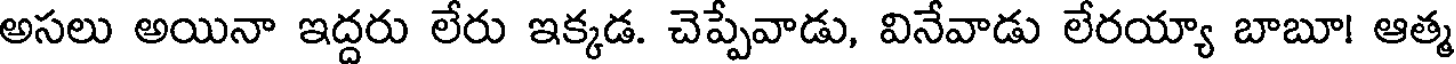
అసలు అయినా ఇద్దరు లేరు ఇక్కడ. చెప్పేవాడు, వినేవాడు లేరయ్యా బాబూ! ఆత్మ